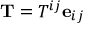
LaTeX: \mathbf { T } = T ^ { i j } \mathbf { e } _ { i j }